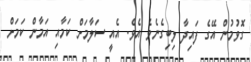
ގޮވުމުން އޭގެ ފައިދާ ލިބިގެނެވެ އެވެ. އެއީ ސަލާމަށް ކަމާއި އަމާން ކަމަށް